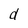
Character: d